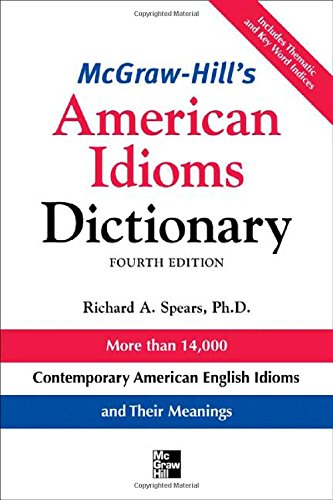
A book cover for McGraw-Hill's Dictionary of American Idioms Dictionary (McGraw-Hill ESL References); Richard Spears; Reference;